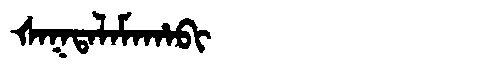
Manchu: ᡧᠠᡴᡨᠠᠯᠠᠮᠠᡥᠠᠪᡳ
Romanization: ŠAKTALAMAHABI